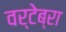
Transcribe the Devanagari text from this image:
वर्टेब्रा